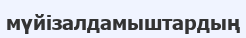
мүйізалдамыштардың